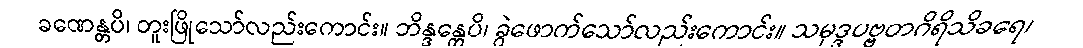
ခဏေန္တပိ၊ တူးဖြိုသော်လည်းကောင်း။ ဘိန္ဒန္တေပိ၊ ခွဲဖောက်သော်လည်းကောင်း။ သမုဒ္ဒပဗ္ဗတဂိရိသိခရေ၊